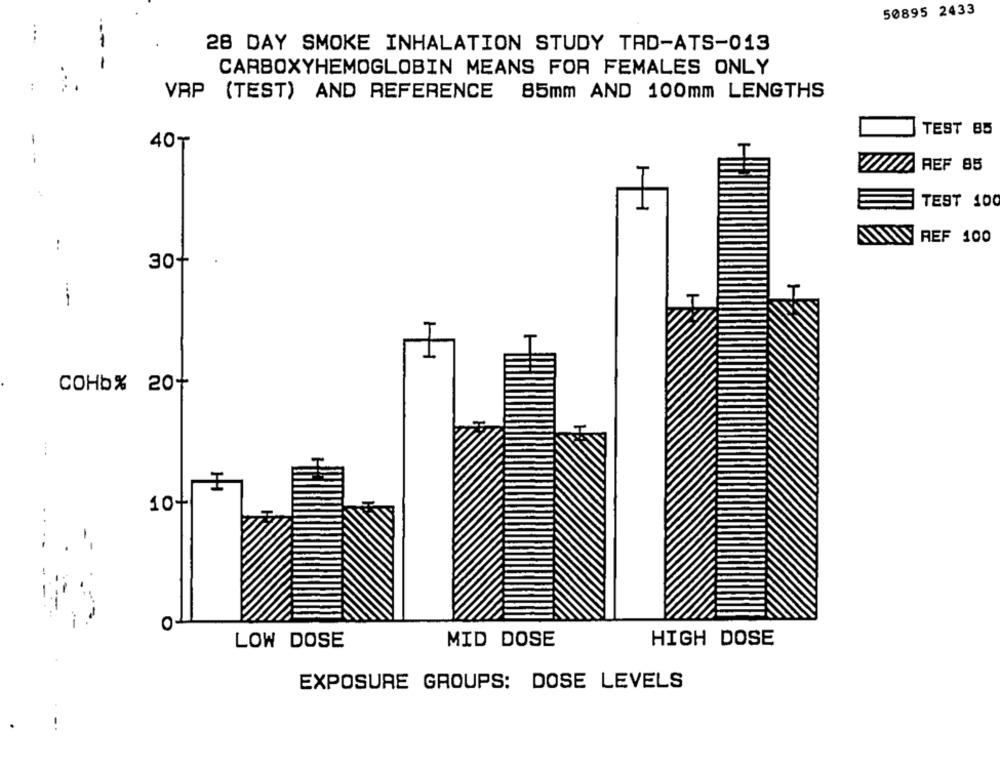
50895 2433
....
28 DAY SMOKE INHALATION STUDY TAD-ATS-013
-
CARBOXYHEMOGLOBIN MEANS FOR FEMALES ONLY
VAP (TEST) AND REFERENCE 85mm AND 100mm LENGTHS
TEST 85
-
40₸
--
REF 85
TEST 100
REF 100
:
30+
.
---
COHb% 20+
10+
O
LOW DOSE
MID DOSE
HIGH DOSE
EXPOSURE GROUPS: DOSE LEVELS